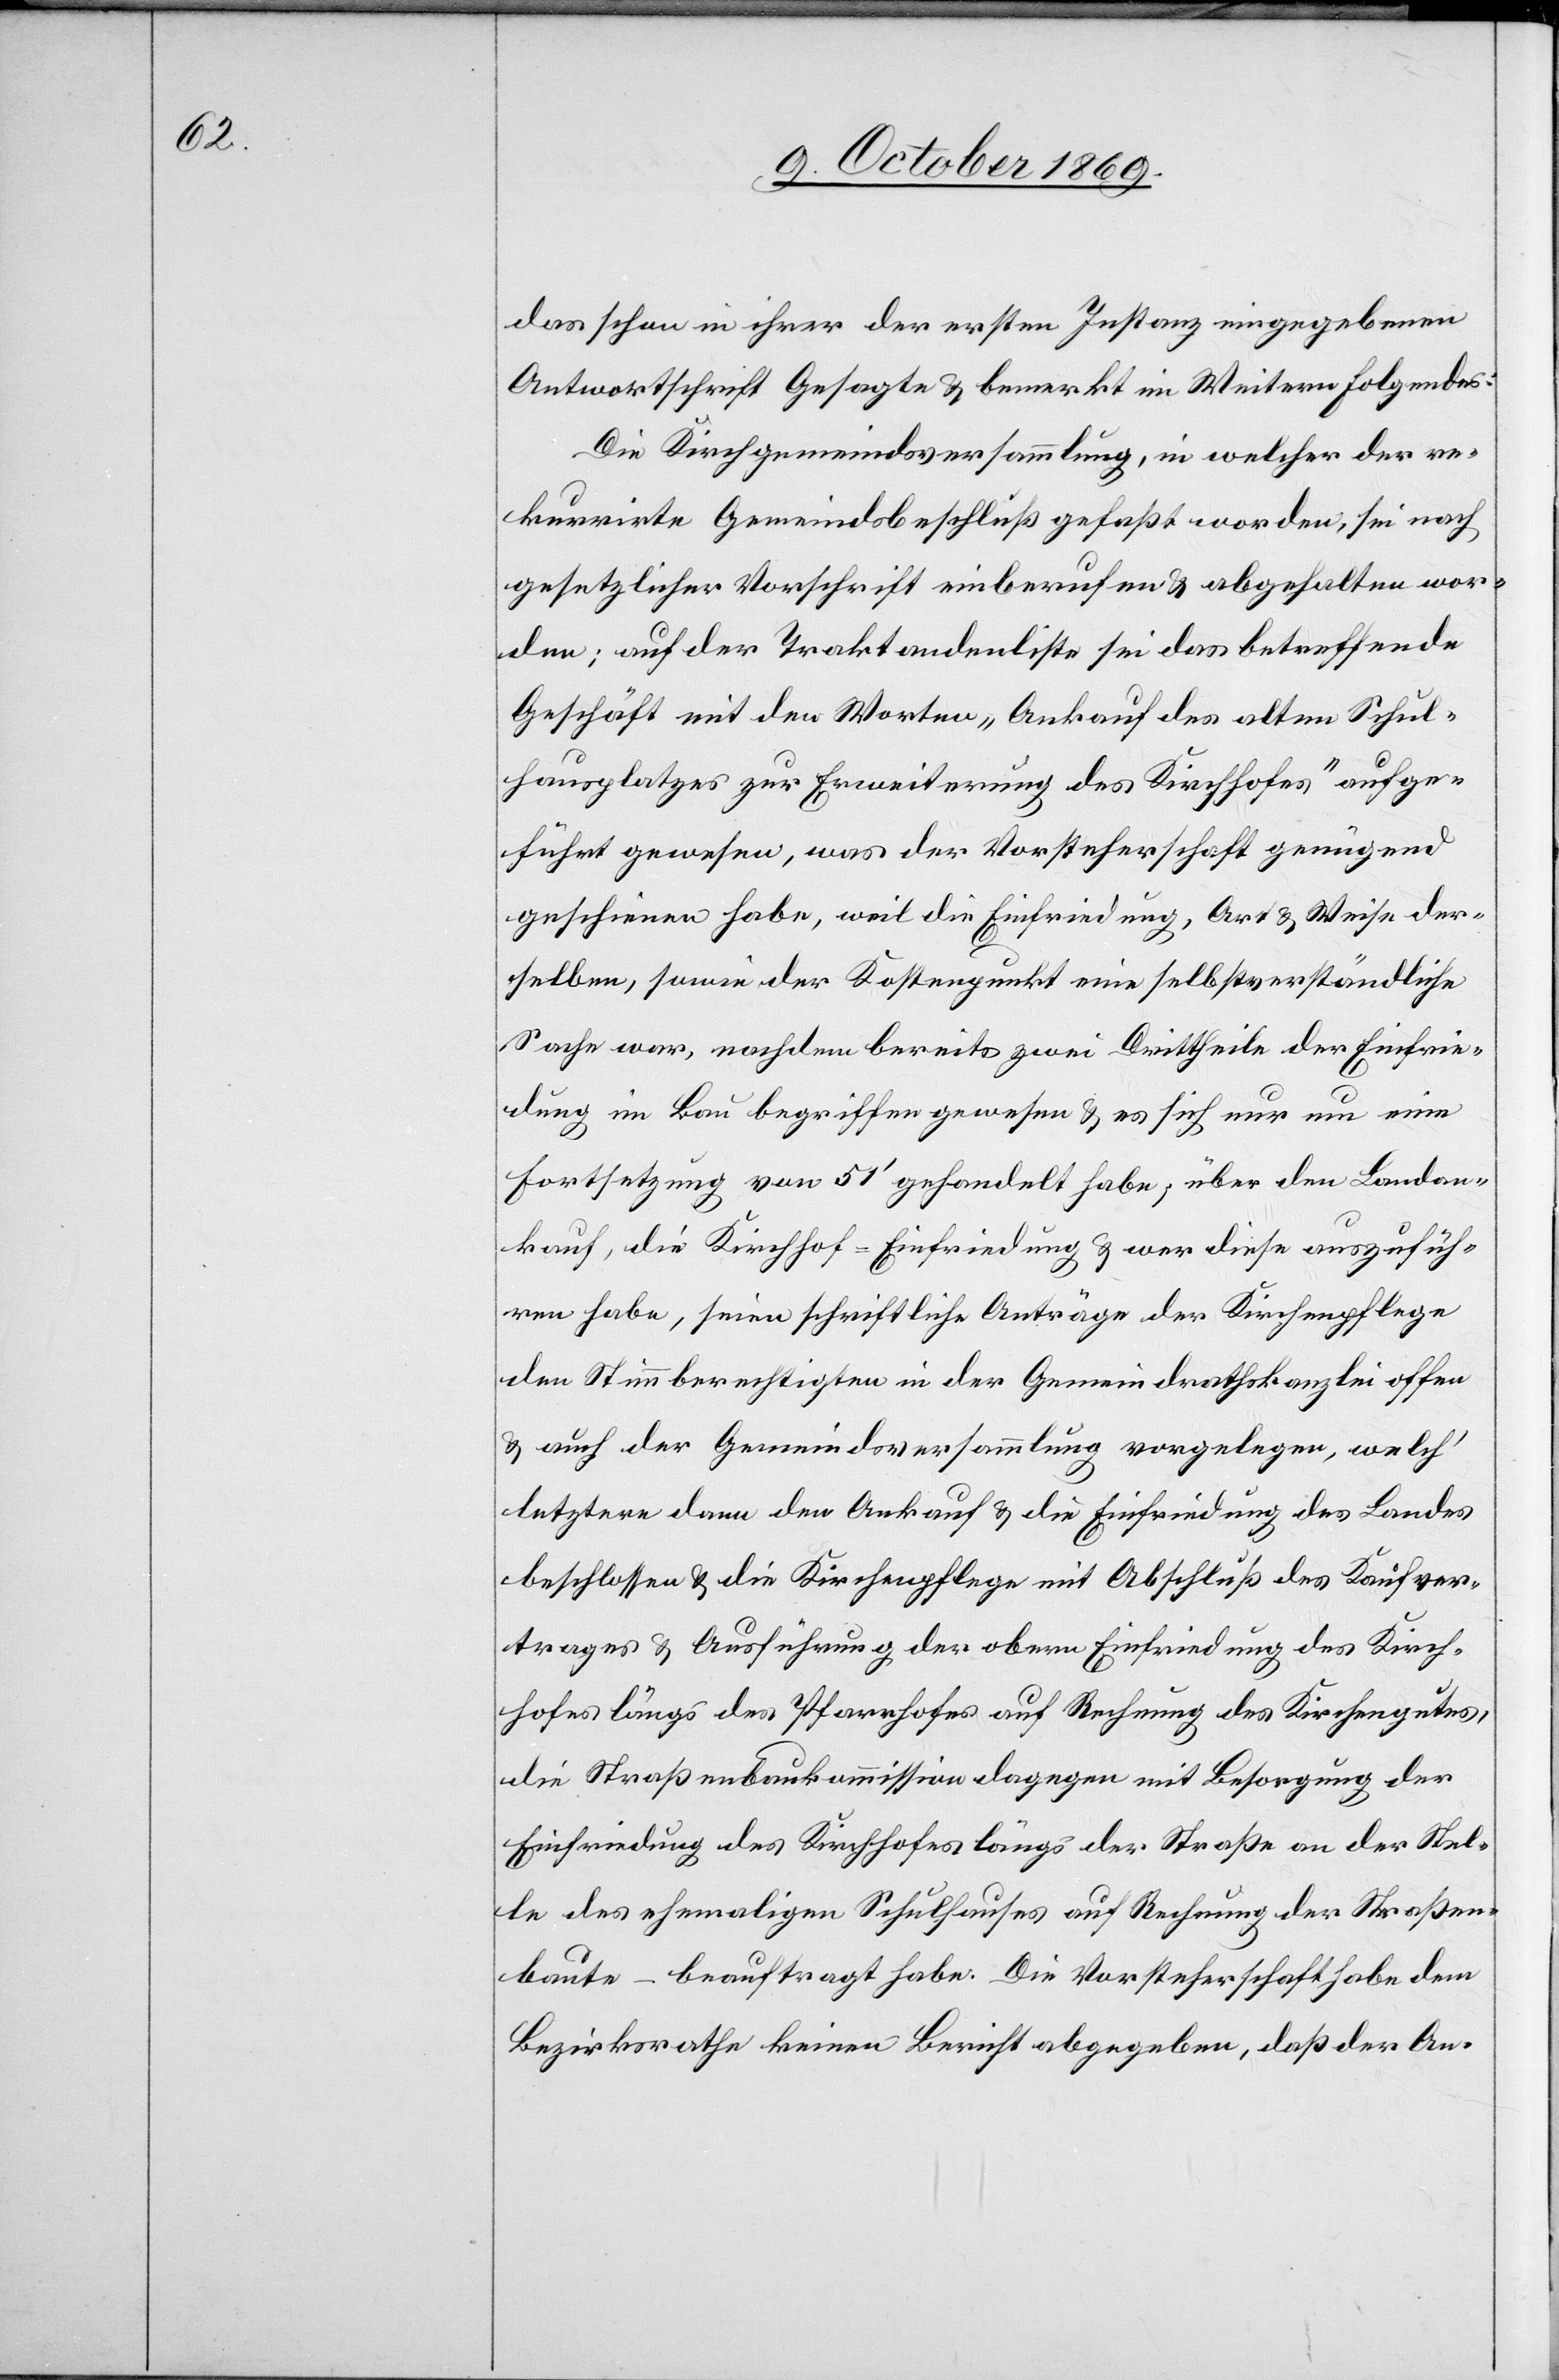
das schon in ihrer der ersten Instanz eingegebenen
Antwortschrift Gesagte & bemerkt im Weitern Folgendes:
Die Kirchgemeindsversammlung, in welcher der re¬
kurrirte Gemeindsbeschluß gefaßt worden, sei nach
gesetzlicher Vorschrift einberufen & abgehalten wor¬
den; auf der Traktandenliste sei das betreffende
Geschäft mit den Worten „Ankauf des alten Schul¬
hausplatzes zur Erweiterung des Kirchhofes“ aufge¬
führt gewesen, was der Vorsteherschaft genügend
geschienen habe, weil die Einfriedung, Art & Weise der¬
selben, sowie der Kostenpunkt eine selbstverständliche
Sache war, nachdem bereits zwei Drittheile der Einfrie¬
dung im Bau begriffen gewesen & es sich nur um eine
Fortsetzung von 51‘ gehandelt habe; über den Landan¬
kauf, die Kirchhof-Einfriedung & wer diese auszufüh¬
ren habe, seien schriftliche Anträge der Kirchenpflege
den Stimmberechtigten in der Gemeindrathskanzlei offen
& auch der Gemeindsversammlung vorgelegen, welch‘
letztere dann den Ankauf & die Einfriedung des Landes
beschlossen & die Kirchenpflege mit Abschluß des Kaufver¬
trages & Ausführung der obern Einfriedung des Kirch¬
hofes längs des Pfarrhofes auf Rechnung des Kirchengutes,
die Straßenbaukommission dagegen mit Besorgung der
Einfriedung des Kirchhofes längs der Straße an der Stel¬
le des ehemaligen Schulhauses auf Rechnung der Straßen¬
baute – beauftragt habe. Die Vorsteherschaft habe dem
Bezirksrathe keinen Bericht abgegeben, daß der An-